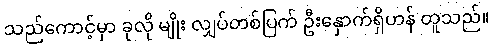
သည်ကောင့်မှာ ခုလို မျိုး လျှပ်တစ်ပြက် ဦးနှောက်ရှိဟန် တူသည်။